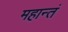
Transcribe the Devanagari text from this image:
महान्तं